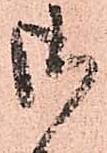
御